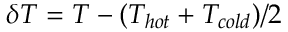
\delta T = T - ( T _ { h o t } + T _ { c o l d } ) / 2